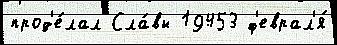
прод'е́лал Сла́вы 19453 ф'еврал'я́